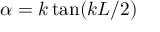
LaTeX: \alpha = k \tan ( k L / 2 )